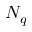
N _ { q }